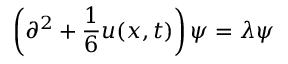
\left( \partial ^ { 2 } + { \frac { 1 } { 6 } } u ( x , t ) \right) \psi = \lambda \psi